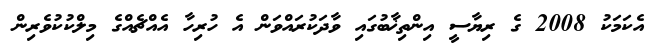
އެކަމަކު 2008 ގެ ރިޔާސީ އިންތިޚާބުގައި ވާދަކުރައްވަން އެ ހުރިހާ އެއްޗެއްގެ މިލްކުކުވެރިން